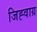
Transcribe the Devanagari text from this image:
जिह्वाग्र